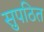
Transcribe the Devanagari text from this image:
सुपठित